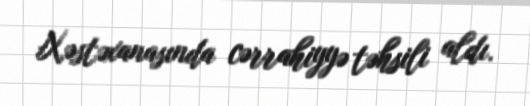
Xəstəxanasında cərrahiyyə təhsili aldı.